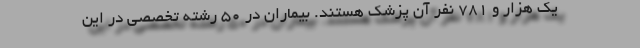
یک هزار و ۷۸۱ نفر آن پزشک هستند. بیماران در ۵۰ رشته تخصصی در این